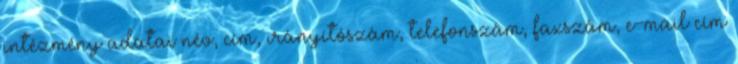
intézmény adatai név, cím, irányítószám, telefonszám, faxszám, e-mail cím